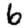
Digit: 6